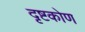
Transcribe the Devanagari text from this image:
दृष्टकोण